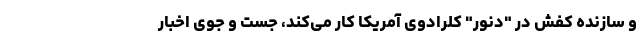
و سازنده کفش در "دنور" کلرادوی آمریکا کار می‌کند، جست و‌ جوی اخبار